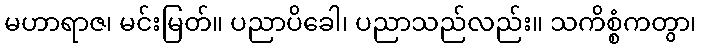
မဟာရာဇ၊ မင်းမြတ်။ ပညာပိခေါ၊ ပညာသည်လည်း။ သကိစ္စံကတွာ၊